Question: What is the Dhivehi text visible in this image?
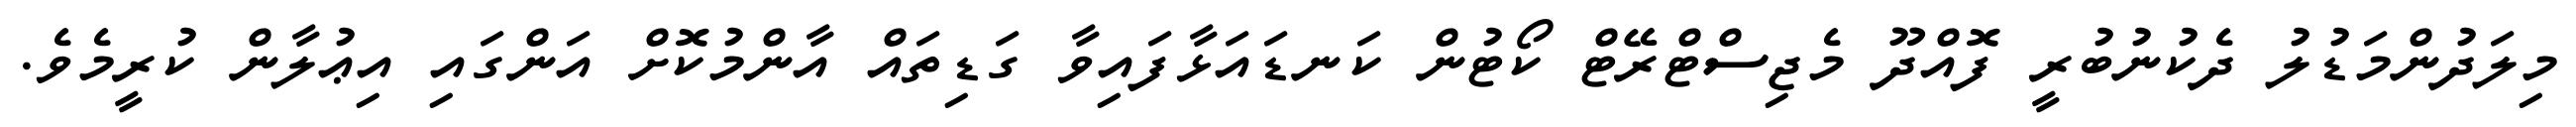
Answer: މިލަދުންމަޑުލު ދެކުނުބުރީ ފޮއްދޫ މެޖިސްޓްރޭޓް ކޯޓުން ކަނޑައަޅާފައިވާ ގަޑިތައް އާންމުކޮށް އަންގައި އިޢުލާން ކުރީމެވެ.